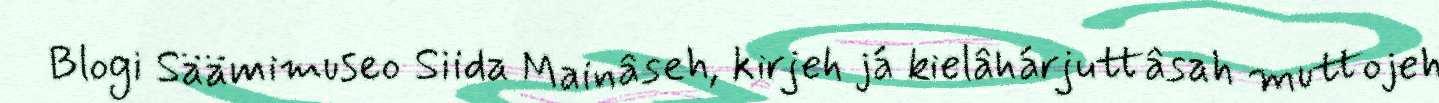
Blogi Säämimuseo Siida Mainâseh, kirjeh já kielâhárjuttâsah muttojeh